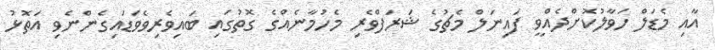
އާއި މެޑަލް ހަވާލުކޮށްދެއްވީ ފައިނަލް މެޗުގެ ޝަރަފްވެރި މެހުމާނެއްގެ ގޮތުގައި ބައިވެރިވެވަޑައިގެންނެވި އަތޮޅު